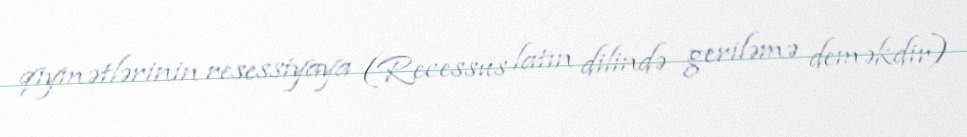
qiymətlərinin resessiyaya (Recessus latın dilində geriləmə deməkdir)